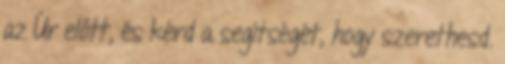
az Úr előtt, és kérd a segítségét, hogy szerethesd.